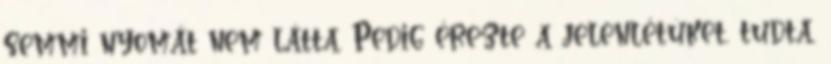
semmi nyomát nem látta. Pedig érezte a jelenlétüket, tudta,